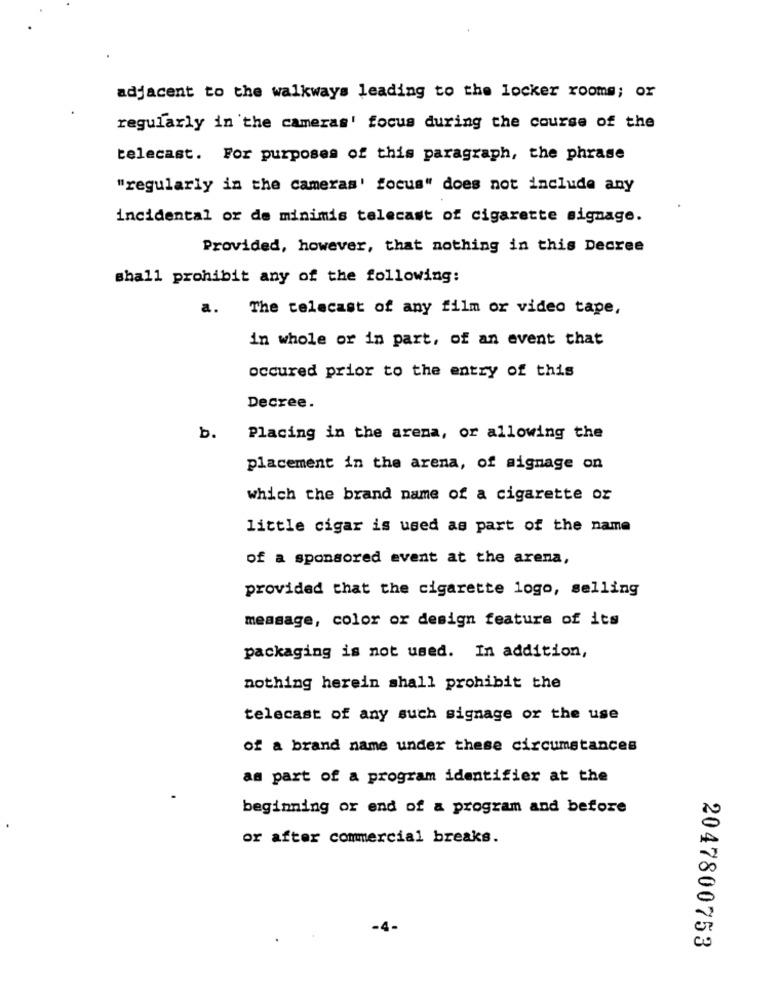
adjacent to the walkways leading to the locker rooms; or
regularly in the cameras' focus during the course of the
telecast. For purposes of this paragraph, the phrase
"regularly in the cameras' focus" does not include any
incidental or de minimis telecast of cigarette signage.
Provided, however, that nothing in this Decree
shall prohibit any of the following:
a.
The telecast of any film or video tape,
in whole or in part, of an event that
occured prior to the entry of this
Decree.
b.
Placing in the arena, or allowing the
placement in the arena, of signage on
which the brand name of a cigarette or
little cigar is used as part of the name
of a sponsored event at the arena,
provided that the cigarette logo, selling
message, color or design feature of its
packaging is not used. In addition,
nothing herein shall prohibit the
telecast of any such signage or the use
of a brand name under these circumstances
as part of a program identifier at the
beginning or end of a program and before
or after commercial breaks.
2047800753